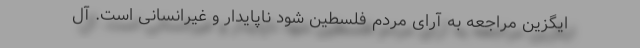
ایگزین مراجعه به آرای مردم فلسطین شود ناپایدار و غیرانسانی است. آل